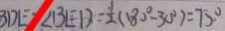
B D E = \angle B E D = \frac { 1 } { 2 } ( 1 8 0 ^ { \circ } - 3 0 ^ { \circ } ) = 7 5 ^ { \circ }